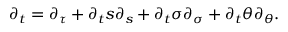
\begin{array} { r } { \partial _ { t } = \partial _ { \tau } + \partial _ { t } s \partial _ { s } + \partial _ { t } \sigma \partial _ { \sigma } + \partial _ { t } \theta \partial _ { \theta } . } \end{array}